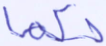
حكما